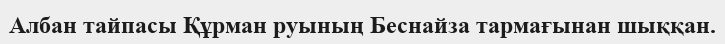
Албан тайпасы Құрман руының Беснайза тармағынан шыққан.